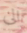
الى